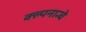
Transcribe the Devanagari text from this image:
क्ल्पनान्चे